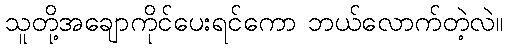
သူတို့အချောကိုင်ပေးရင်ကော ဘယ်လောက်တဲ့လဲ။